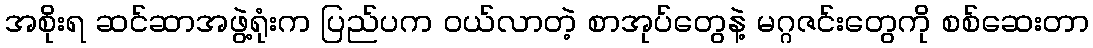
အစိုးရ ဆင်ဆာအဖွဲ့ရုံးက ပြည်ပက ဝယ်လာတဲ့ စာအုပ်တွေနဲ့ မဂ္ဂဇင်းတွေကို စစ်ဆေးတာ